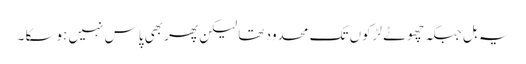
یہ بل جبکہ چھوٹے لڑکوں تک محدود تھا لیکن پھر بھی پاس نہیں ہوسکا ۔